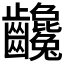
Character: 𪚃